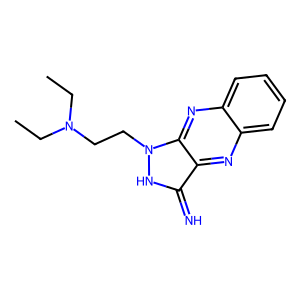
SMILES: CCN(CC)CCn1[nH]c(=N)c2nc3ccccc3nc21
Inhibits HIV replication: No